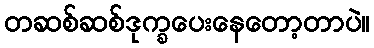
တဆစ်ဆစ်ဒုက္ခပေးနေတော့တာပဲ။